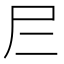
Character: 𡰥